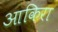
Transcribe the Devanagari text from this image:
आकिरा